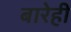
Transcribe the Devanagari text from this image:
बारेही